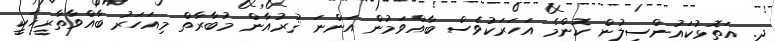
ދ. އަތޮޅުކައުންސިލުން ކޮންމެ އަހަރަކުވެސް ބާއްވަމުން އަންނަ ޤުރުއާން މުބާރާތް މިއަހަރު ބާއްވާތާރީޚަކީ